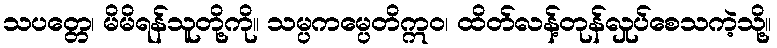
သပတ္တေ၊ မိမိရန်သူတို့ကို။ သမ္ပကမ္ပေတိဣဝ၊ ထိတ်လန့်တုန်လှုပ်စေသကဲ့သို့။